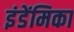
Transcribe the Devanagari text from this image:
इंडेंमिका